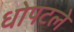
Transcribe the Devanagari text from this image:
धोपटले